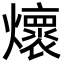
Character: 𭶦